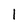
Character: l